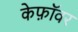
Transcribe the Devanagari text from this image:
केफ़ॉवर